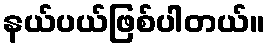
နယ်ပယ်ဖြစ်ပါတယ်။